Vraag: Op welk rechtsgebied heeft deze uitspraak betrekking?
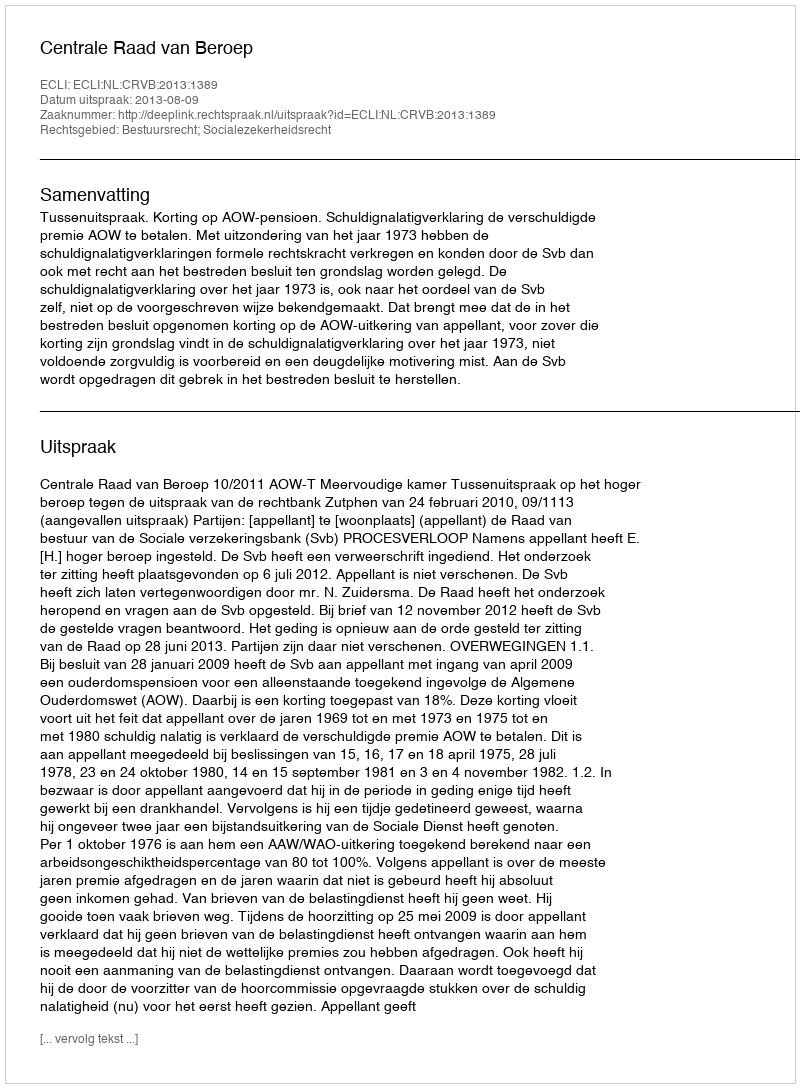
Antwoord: Bestuursrecht; Socialezekerheidsrecht